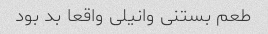
طعم بستنی وانیلی واقعا بد بود